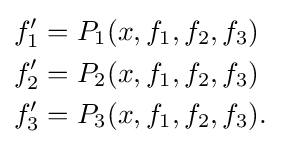
{\begin{aligned}f_{1}^{\prime }&=P_{1}(x,f_{1},f_{2},f_{3})\\f_{2}^{\prime }&=P_{2}(x,f_{1},f_{2},f_{3})\\f_{3}^{\prime }&=P_{3}(x,f_{1},f_{2},f_{3}).\end{aligned}}